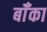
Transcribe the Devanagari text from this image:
बॉँका